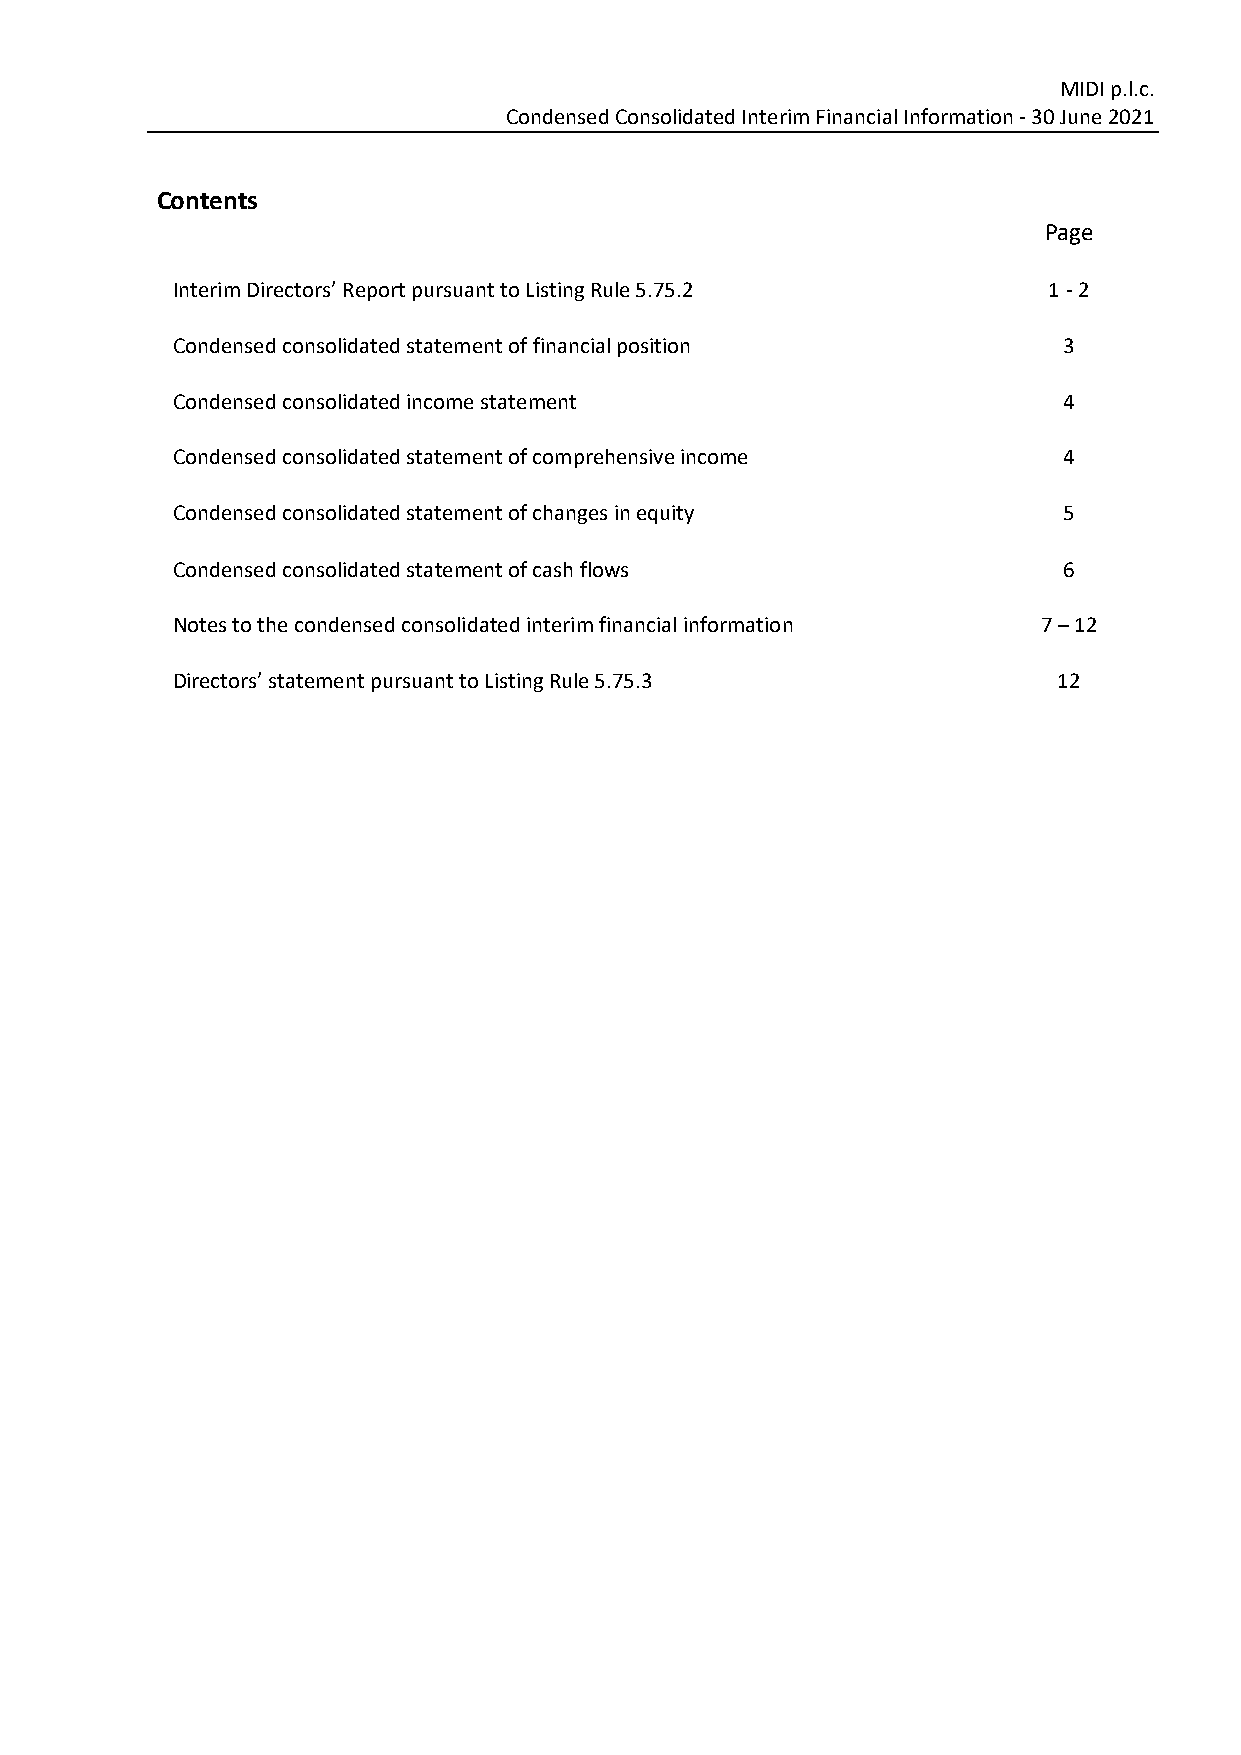
MIDI p.l.c.
 Condensed Consolidated Interim Financial Information ‐ 30 June 2021
 Contents
 Page
 Interim Directors’ Report pursuant to Listing Rule 5.75.2 1 ‐ 2
 Condensed consolidated statement of financial position     3
 Condensed consolidated income statement                    4
 Condensed consolidated statement of comprehensive income   4
 Condensed consolidated statement of changes in equity      5
 Condensed consolidated statement of cash flows             6
 Notes to the condensed consolidated interim financial information 7 – 12
 Directors’ statement pursuant to Listing Rule 5.75.3       12